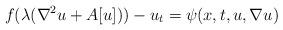
LaTeX: \begin{align*}f (\lambda(\nabla^{2}u + A [u])) - u_t = \psi (x, t, u, \nabla u)\end{align*}